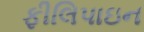
ફીલિપાઇન